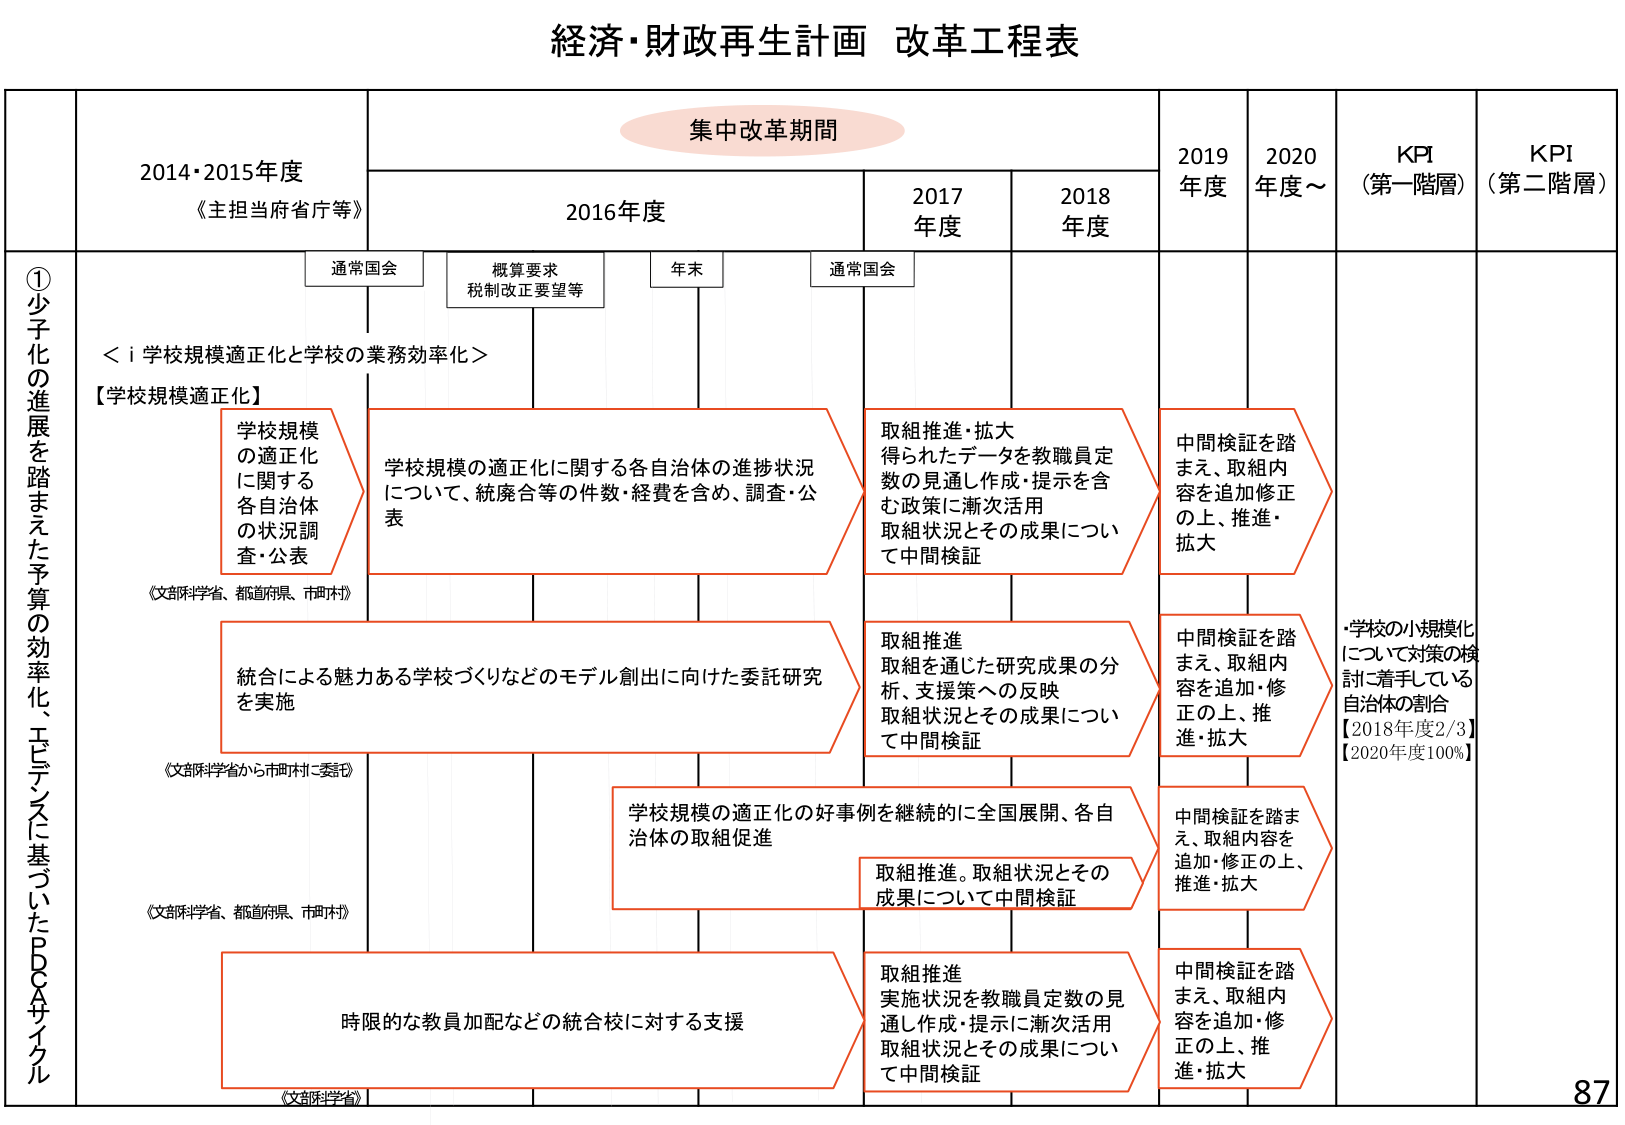
経済・財政再生計画 改革工程表

集中改革期間

2014・2015年度
《主担当府省庁等》

2016年度

2017年度

2018年度

2019年度

2020年度～

KPI（第一階層）

KPI（第二階層）

①少子化の進展を踏まえた予算の効率化、エビデンスに基づいたPDCAサイクル

通常国会

概算要求
税制改正要望等

年末

通常国会

＜i 学校規模適正化と学校の業務効率化＞

【学校規模適正化】

学校規模の適正化に関する各自治体の状況調査・公表
《文部科学省、都道府県、市町村》

学校規模の適正化に関する各自治体の進捗状況について、統廃合等の件数・経費を含め、調査・公表

取組推進・拡大
得られたデータを教職員定数の見通し作成・提示を含む政策に漸次活用
取組状況とその成果について中間検証

中間検証を踏まえ、取組内容を追加修正の上、推進・拡大

統合による魅力ある学校づくりなどのモデル創出に向けた委託研究を実施
《文部科学省から市町村に委託》

取組推進
取組を通じた研究成果の分析、支援策への反映
取組状況とその成果について中間検証

中間検証を踏まえ、取組内容を追加・修正の上、推進・拡大

学校規模の適正化の好事例を継続的に全国展開、各自治体の取組促進
《文部科学省、都道府県、市町村》

取組推進。取組状況とその成果について中間検証

中間検証を踏まえ、取組内容を追加・修正の上、推進・拡大

時限的な教員加配などの統合校に対する支援
《文部科学省》

取組推進
実施状況を教職員定数の見通し作成・提示に漸次活用
取組状況とその成果について中間検証

中間検証を踏まえ、取組内容を追加・修正の上、推進・拡大

・学校の小規模化について対策の検討に着手している自治体の割合
【2018年度2/3】
【2020年度100%】

87